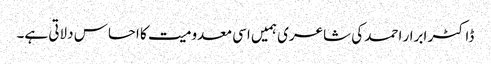
ڈاکٹر ابرار احمد کی شاعری ہمیں اسی معدومیت کا احساس دلاتی ہے۔